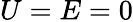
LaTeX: U=E=0